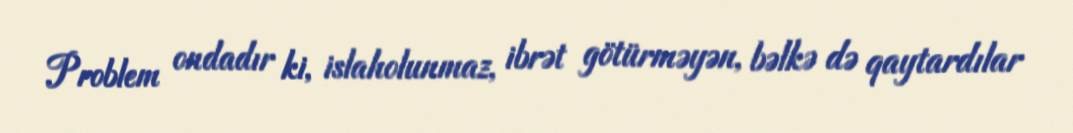
Problem ondadır ki, islaholunmaz, ibrət götürməyən, bəlkə də qaytardılar